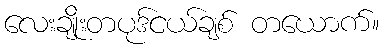
လေးချိုးတပုဒ်ငယ်ချစ် တယောက်။